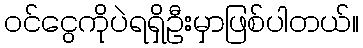
ဝင်ငွေကိုပဲရရှိဦးမှာဖြစ်ပါတယ်။